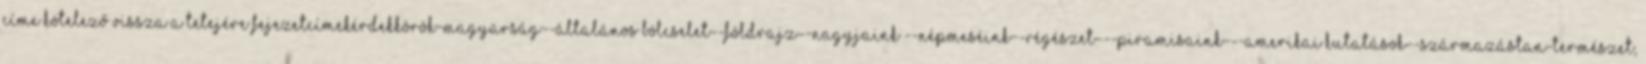
címe kötelező Vissza a tetejére FejezetcímekÉrdekkörök-Magyarság--Általános bölcselet--Földrajz--Nagyjaink --Népmeséink--Régészet---Piramisaink---Amerikai kutatások--Származástan-Természet,